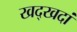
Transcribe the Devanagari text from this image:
खद्खदां